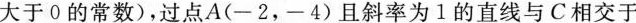
大于0的常数)，过点A(- 2，- 4)且斜率为1的直线与C相交于